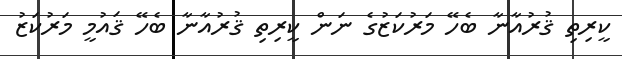
ކީރިތި ޤުރުއާނާ ބެހޭ މަރުކަޒުގެ ނަން ކީރިތި ޤުރުއާނާ ބެހޭ ޤައުމީ މަރުކަޒު